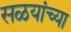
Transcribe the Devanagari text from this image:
सळयांच्या